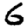
Digit: 6